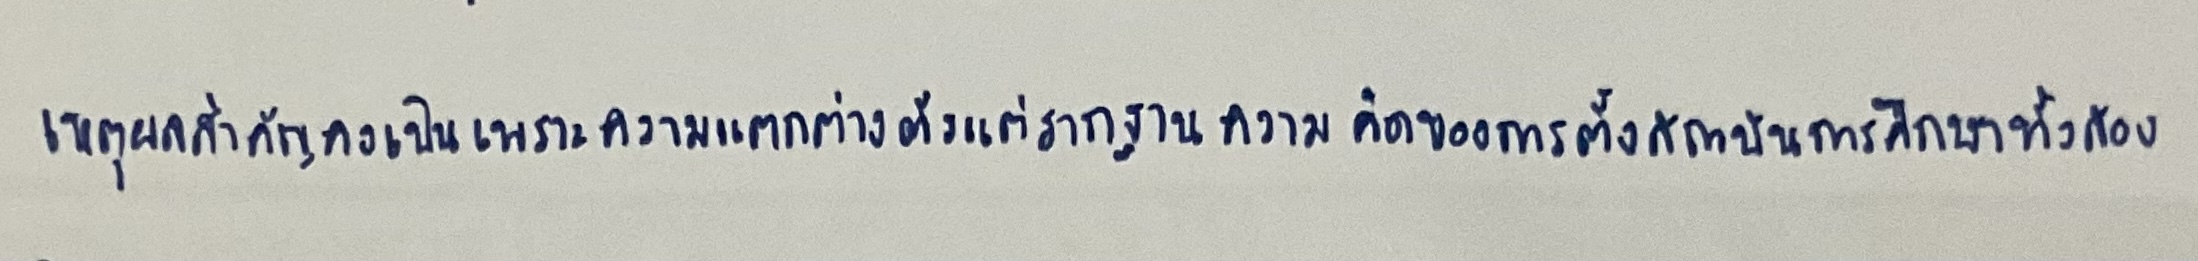
เหตุผลสำคัญคงเป็นเพราะความแตกต่างตั้งแต่รากฐานความคิดของการตั้งสถาบันการศึกษาทั้งสอง.